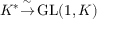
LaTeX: K ^ { * } { \overset { \sim } { \to } } \operatorname { G L } ( 1 , K )